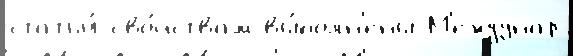
статьи́ сво́йствам вы́полн'ены М'еждунар